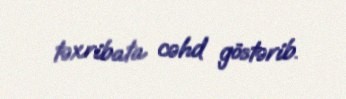
təxribata cəhd göstərib.